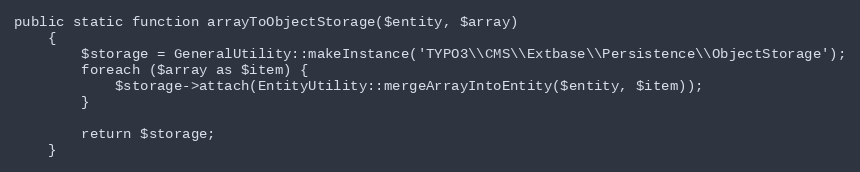
Language: PHP
public static function arrayToObjectStorage($entity, $array)
    {
        $storage = GeneralUtility::makeInstance('TYPO3\\CMS\\Extbase\\Persistence\\ObjectStorage');
        foreach ($array as $item) {
            $storage->attach(EntityUtility::mergeArrayIntoEntity($entity, $item));
        }

        return $storage;
    }